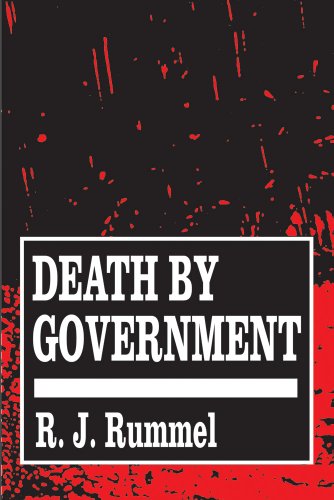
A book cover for Death by Government; R. J. Rummel; Law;